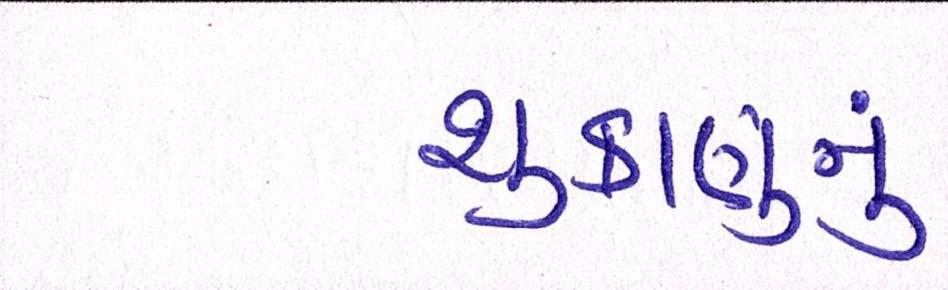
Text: શુક્રાણુનું